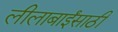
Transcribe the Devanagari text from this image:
लीलाबाईंसाठी